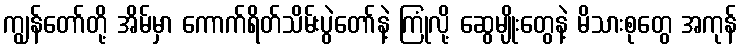
ကျွန်တော်တို့ အိမ်မှာ ကောက်ရိတ်သိမ်းပွဲတော်နဲ့ ကြုံလို့ ဆွေမျိုးတွေနဲ့ မိသားစုတွေ အကုန်